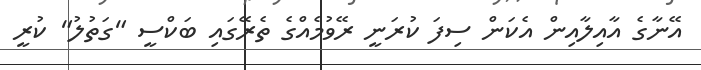
އޭނާގެ އާއިލާއިން އެކަން ސިފަ ކުރަނީ ރޭވުމެއްގެ ތެރޭގައި ބަކްސީ "ގަތުލު" ކުރީ